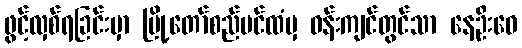
ဖွင့်လှစ်ရခြင်းမှာ မြို့တော်စည်ပင်ထံမှ ဝန်းကျင်တွင်သာ နေဦးဝေ